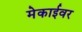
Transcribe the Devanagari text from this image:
मेकाईवर